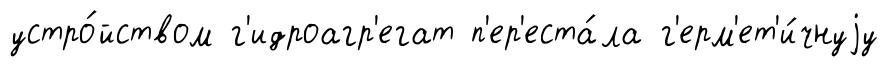
устро́йством г'идроагр'егат п'ер'еста́ла г'ерм'ет'и́чнуjу